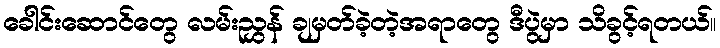
ခေါင်းဆောင်တွေ လမ်းညွှန် ချမှတ်ခဲ့တဲ့အရာတွေ ဒီပွဲမှာ သိခွင့်ရတယ်။